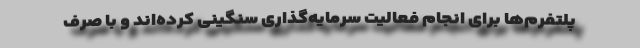
پلتفرم‌ها برای انجام فعالیت سرمایه‌گذاری سنگینی کرده‌اند و با صرف